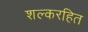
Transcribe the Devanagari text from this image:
शल्करहित